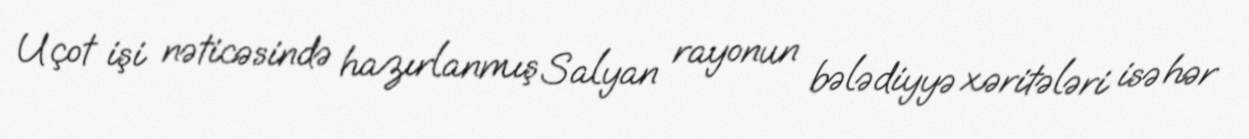
Uçot işi nəticəsində hazırlanmış Salyan rayonun bələdiyyə xəritələri isə hər